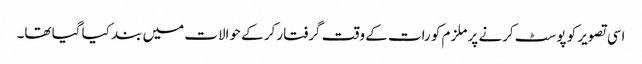
اسی تصویر کو پوسٹ کرنے پر ملزم کو رات کے وقت گرفتار کر کے حوالات میں بند کیا گیا تھا۔